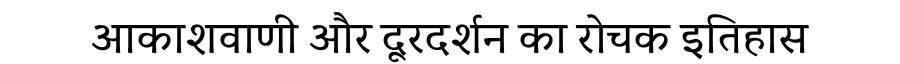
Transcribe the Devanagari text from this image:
आकाशवाणी और दूरदर्शन का रोचक इतिहास